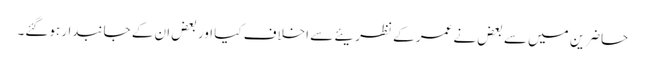
حاضرین میں سے بعض نے عمر کے نظریئے سے اخلاف کیا اور بعض ان کے جانبدار ہوگئے۔